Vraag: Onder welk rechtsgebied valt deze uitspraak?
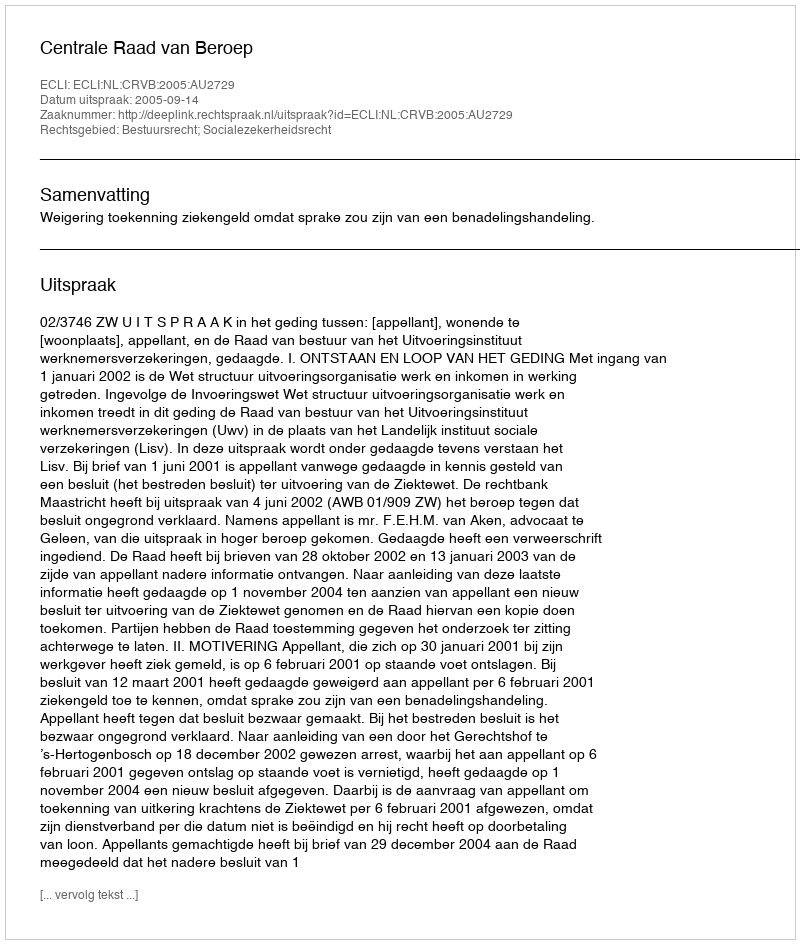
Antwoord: Bestuursrecht; Socialezekerheidsrecht